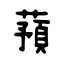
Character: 蕷